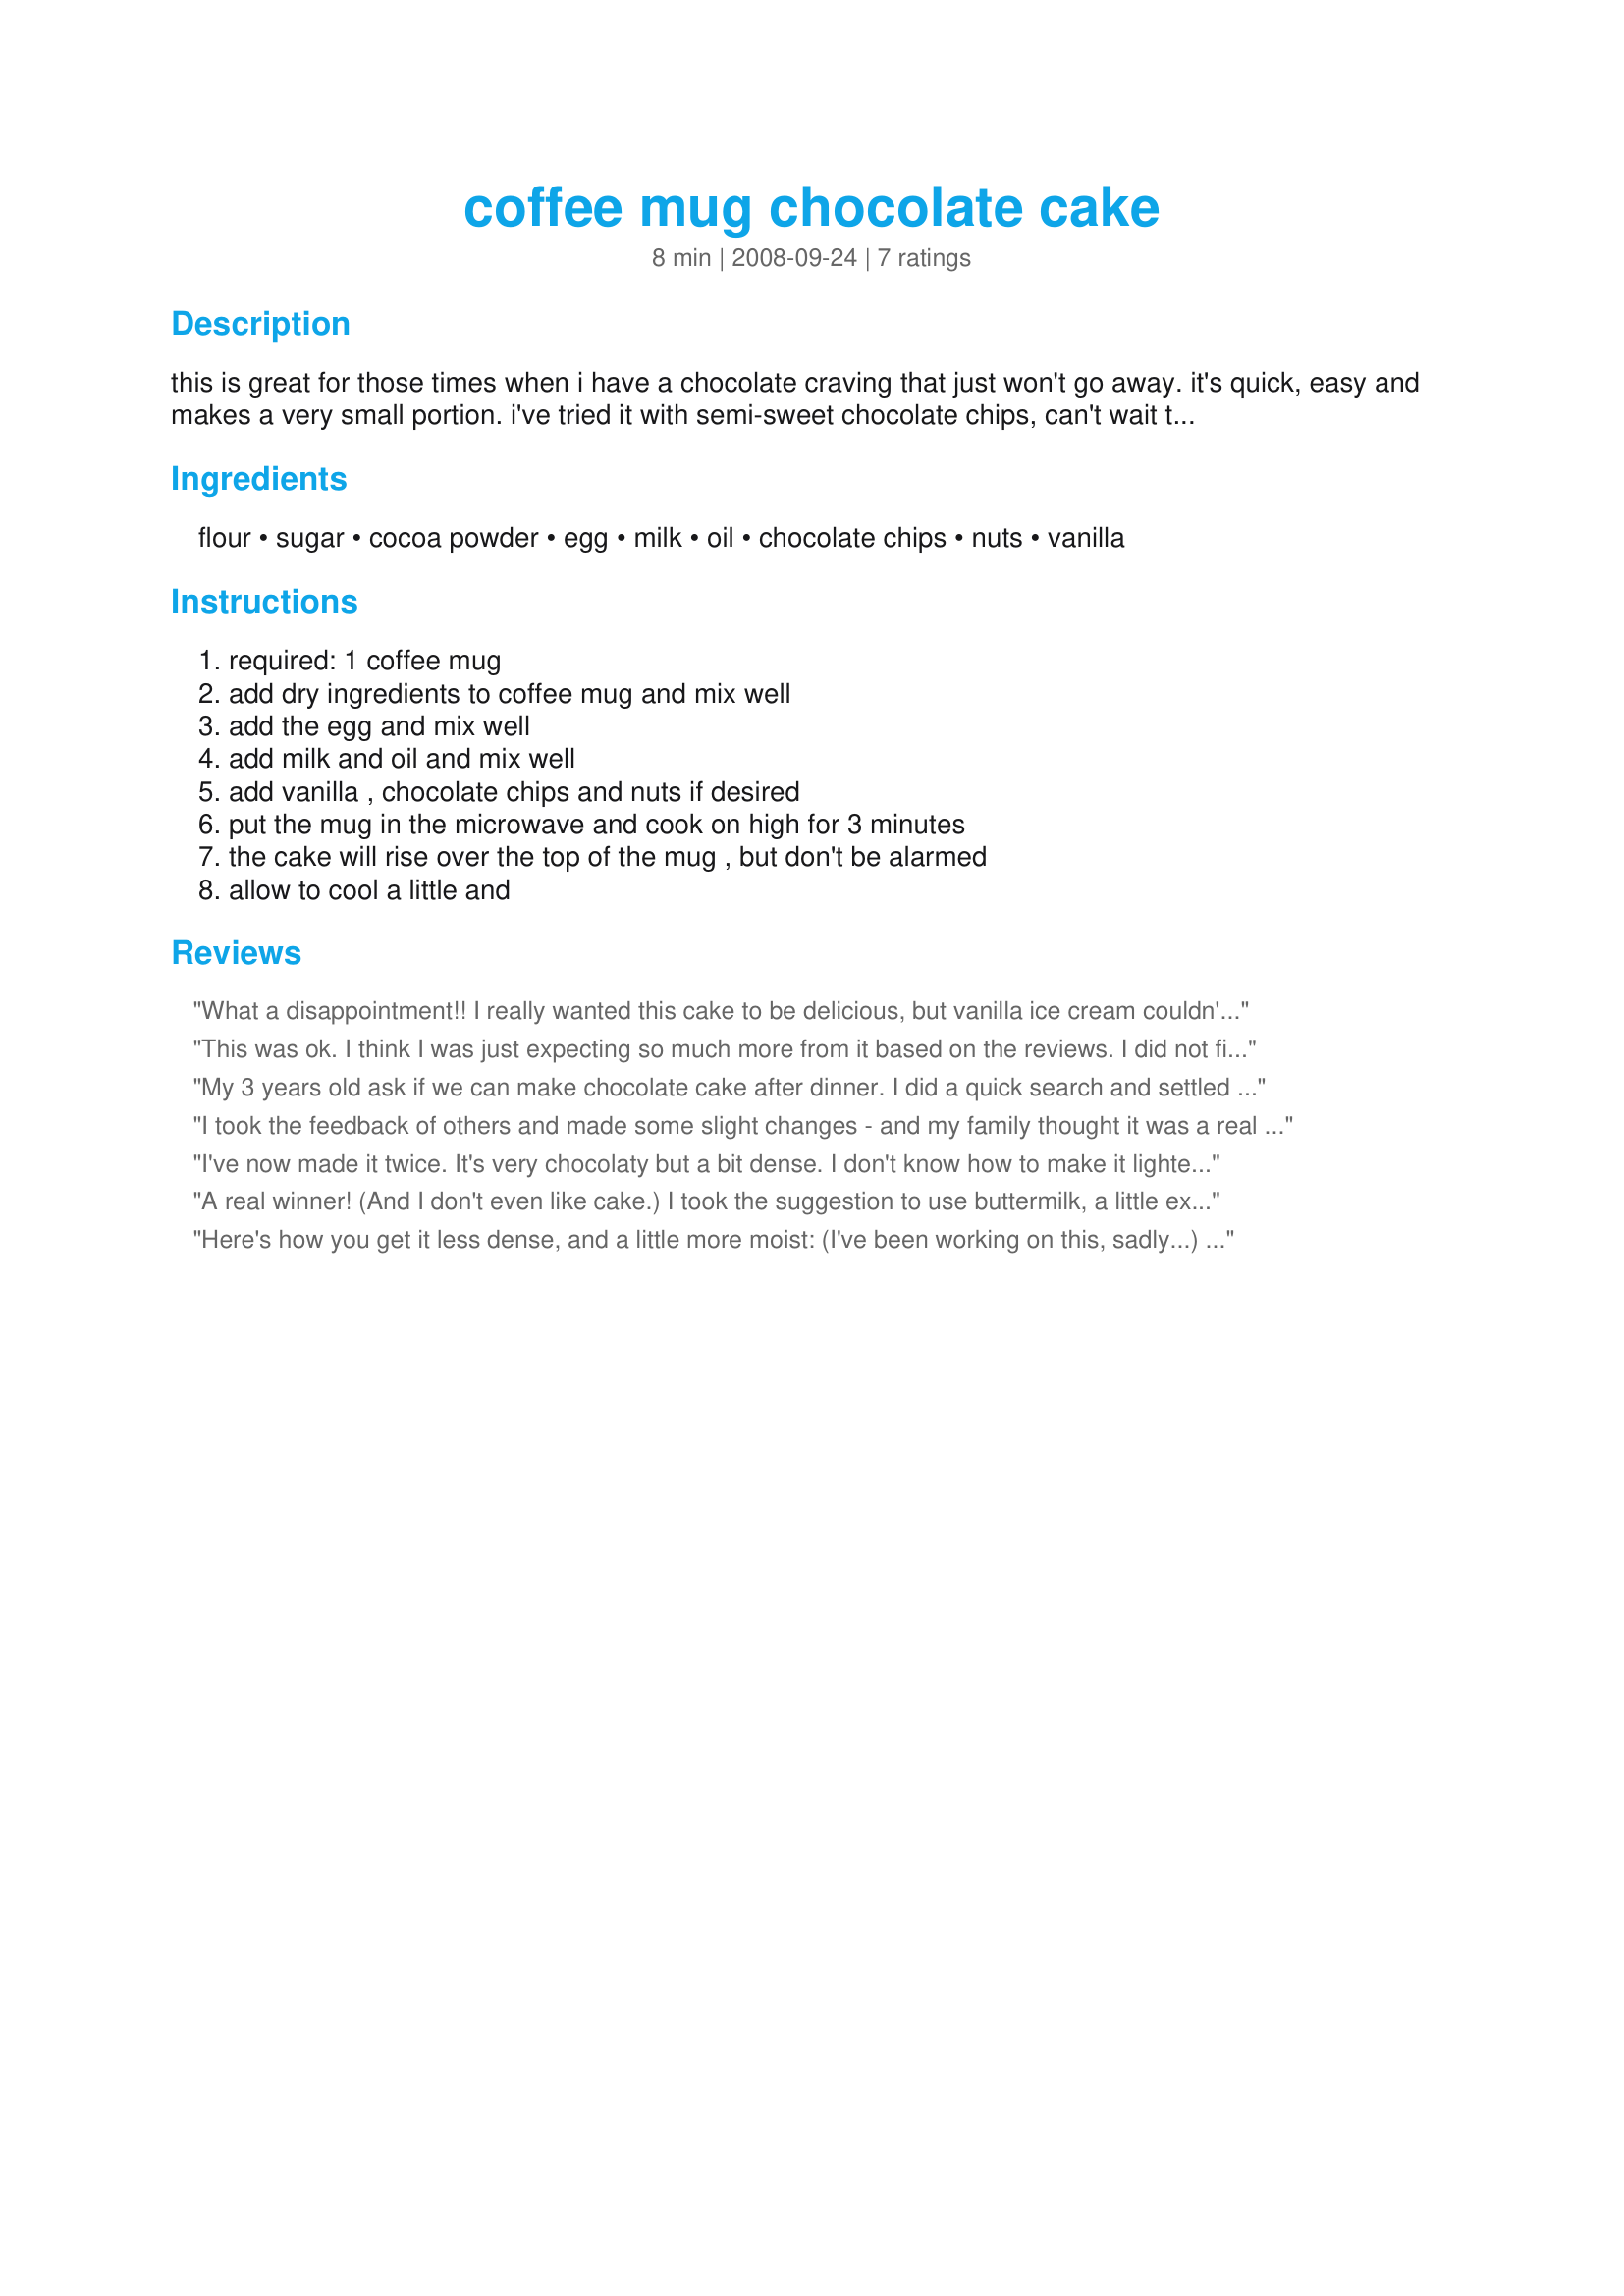
coffee mug chocolate cake
Preparation time: 8 minutes

this is great for those times when i have a chocolate craving that just won't go away. it's quick, easy and makes a very small portion. i've tried it with semi-sweet chocolate chips, can't wait to try it with peanut butter chips and white chocolate chips. great for an afternoon snack for the kids and it's simple enough that they can make it themselves.

Ingredients:
flour, sugar, cocoa powder, egg, milk, oil, chocolate chips, nuts, vanilla

Steps:
required: 1 coffee mug, add dry ingredients to coffee mug and mix well, add the egg and mix well, add milk and oil and mix well, add vanilla , chocolate chips and nuts if desired, put the mug in the microwave and cook on high for 3 minutes, the cake will rise over the top of the mug , but don't be alarmed, allow to cool a little and

Reviews:
What a disappointment!! I really wanted this cake to be delicious, but vanilla ice cream couldn't even save it! I found the cake's texture to be good (took another reviewer's advice and added baking soda and powder) but the flavor was terrible. not sweet enough and needs more chocolate! I would also recommend using a medium size bowl as my cake batter overflowed my cup all over the microwave!
This was ok. I think I was just expecting so much more from it based on the reviews. I did not find the consistancy to be very cakey, it was almost rubbery. The flavor left a little to be desired as well, not very sweet or chocolately, tasted mostly like flour. Sorry, this just did not do it for me, I guess there just isnt a substitute for just making a real chocolate cake.
My 3 years old ask if we can make chocolate cake after dinner. I did a quick search and settled down on this recipe. I add 1/2 tea spoon of baking soda,1/2 tea spoon baking powder and juice from half of lemon as recommended in other review.. Mix liquid ingredients separately and then add all the dry ingredients. Cake texture was very light. Next time I would add extra half table spoon of sugar. Not sure if I would add more Coco, mine was pretty intense already. Chocolate syrup might work better.
I took the feedback of others and made some slight changes - and my family thought it was a real cake!
To the listed recipe add:
1/2 tsp baking soda
1/2 tsp baking powder
1 tsp lemon juice
This provides just enough "lift" to the cake to keep it from getting too dense.
One final delicious addition:
drizzle some Hershey's syrup on top - YUM!
I've now made it twice. It's very chocolaty but a bit dense. I don't know how to make it lighter and more cakey.
A real winner! (And I don't even like cake.) I took the suggestion to use buttermilk, a little extra oil, and baking soda. It came out great, and perfect for just 2 people. (No guilt about all the leftover cake.) I used mini chocolate chips, which seemed just right for the container. I wasn't sure any of my mugs would be large enough, so I used a Pyrex measuring cup (2 c. size.)
Just right.
Here's how you get it less dense, and a little more moist: (I've been working on this, sadly...) 
Use buttermilk instead of milk, and use 1/2 tsp. baking soda along in with the drys. Also, add between 1/2 and 1 Tbsp. of oil to make it a little more moist. Warning: the more oil you add, the more likely your mug will overflow. Try using a bowl as a mold, and it will be more cake shaped, too. Also, whip up a side of buttercream frosting, and it's fantastic.
